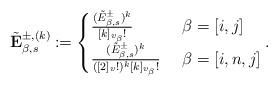
LaTeX: \begin{align*} \tilde{\mathbf{E}}_{\beta,s}^{\pm,(k)}\coloneqq \begin{cases} \frac{(\tilde{E}^{\pm}_{\beta,s})^{k}}{[k]_{v_{\beta}}!} & \ \beta=[i,j] \\ \frac{(\tilde{E}^{\pm}_{\beta,s})^{k}}{([2]_{v}!)^{k}[k]_{v_{\beta}}!} & \ \beta=[i,n,j] \end{cases}.\end{align*}